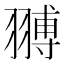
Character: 䎔